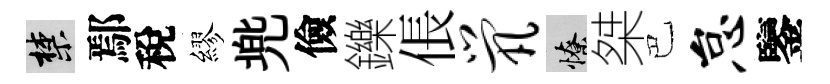
禁鄢稅繆兠儉鑠倀茕憭桀巴怠鑒